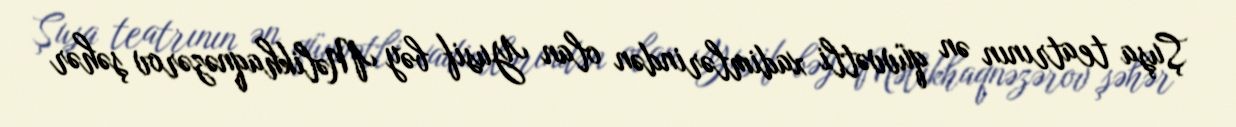
Şuşa teatrının ən qüvvətli xadimlərindən olan Yusif bəy Məlikhaqnəzərov şəhər